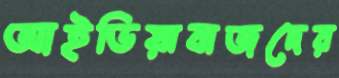
আইডিয়াবাজদের